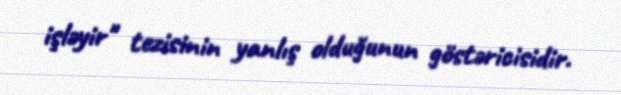
işləyir" tezisinin yanlış olduğunun göstəricisidir.